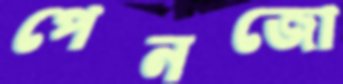
পেনজো